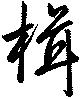
楫